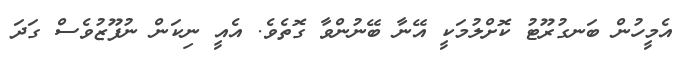
އެމީހުން ބަނގުރޫޓު ކޮށްލުމަކީ އޭނާ ބޭނުންވާ ގޮތެވެ. އެއީ ނިކަން ނުފޫޒުވެސް ގަދަ